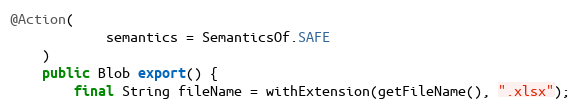
Language: Java
@Action(
            semantics = SemanticsOf.SAFE
    )
    public Blob export() {
        final String fileName = withExtension(getFileName(), ".xlsx");